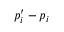
p _ { i } ^ { \prime } - p _ { i }